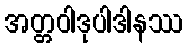
အတ္တဝါဒုပါဒါနဿ